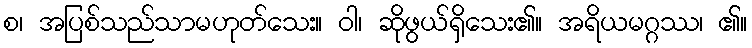
စ၊ အပြစ်သည်သာမဟုတ်သေး။ ဝါ၊ ဆိုဖွယ်ရှိသေး၏။ အရိယမဂ္ဂဿ၊ ၏။